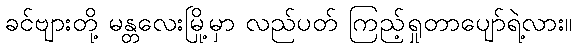
ခင်ဗျားတို့ မန္တလေးမြို့မှာ လည်ပတ် ကြည့်ရှုတာပျော်ရဲ့လား။